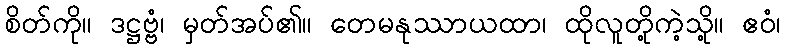
စိတ်ကို။ ဒဋ္ဌဗ္ဗံ၊ မှတ်အပ်၏။ တေမနုဿာယထာ၊ ထိုလူတို့ကဲ့သို့။ ဧဝံ၊